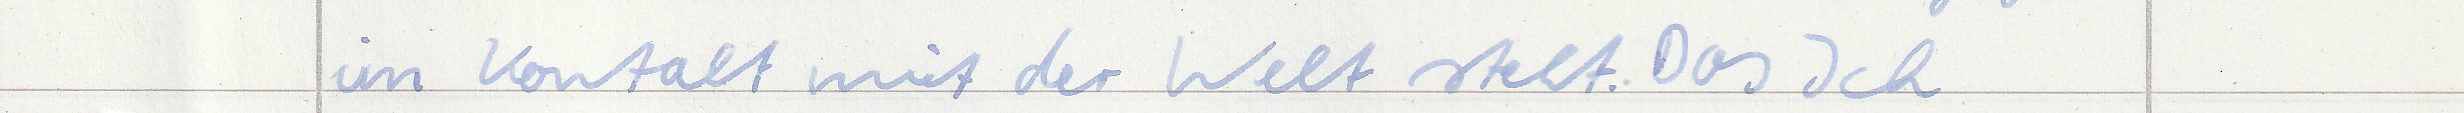
im Kontakt mit der Welt steht. Das Ich